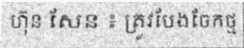
ហ៊ុន សែន ៖ ត្រូវបែងចែកថ្ម